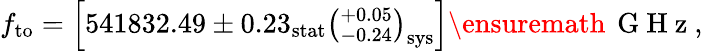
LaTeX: f_{\mathrm{to}}=\left[541832.49\pm 0.23_{\mathrm{stat}}\left(^{+0.05}_{-0.24}\right)_{\mathrm{sys}}\right]\ensuremath{\, \mathrm{~G~H~z~}},